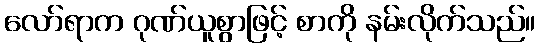
လော်ရာက ဂုဏ်ယူစွာဖြင့် စာကို နမ်းလိုက်သည်။